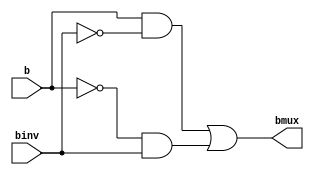
module mux2_1_4bit(
    output [3:0] bmux,
    input [3:0] b,
    input binv
    );
wire [3:0] w1, w2, bn;
wire binv_n;
not M1 (bn, b);
not M2 (binv_n, binv);
and M3 (w1, b, binv_n);
and M4 (w2, bn, binv);
or M5 (bmux, w1, w2);

endmodule